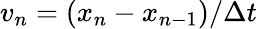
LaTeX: v_{n}=(x_{n}-x_{n-1})/\Delta t